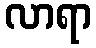
လာရာ